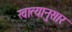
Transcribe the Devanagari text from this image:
खात्यानुसार